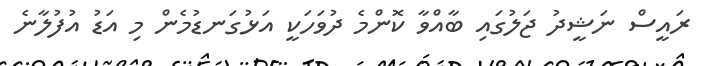
ރައީސް ނަޝީދު ޖަލުގައި ބާއްވާ ކޮންމެ ދުވަހަކީ އަޅުގަނޑުމެން މި އަޑު އުފުލާނެ